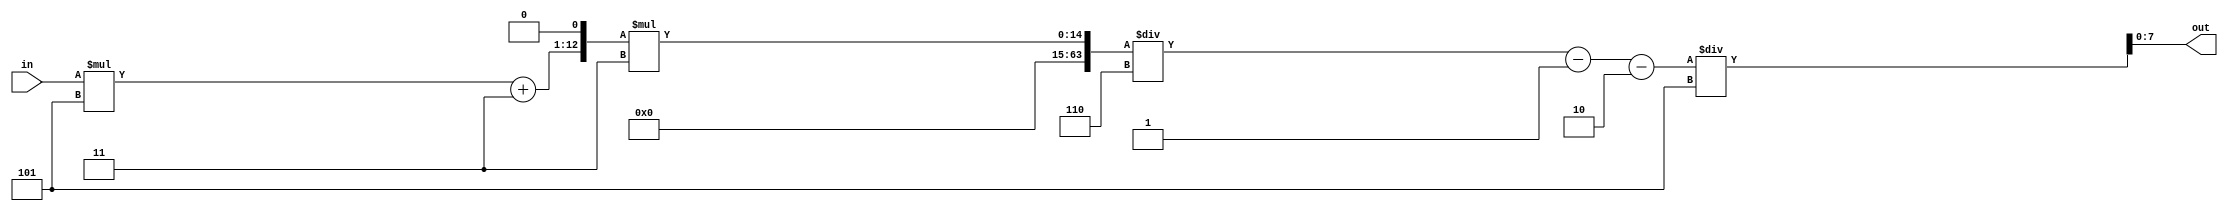
module comb_logic(
    input [7:0] in,
    output reg [7:0] out
    );

    reg [63:0] mid_computation;

    always @ * begin
        mid_computation = in * 64'h05;
        mid_computation = mid_computation + 64'h03;
		  mid_computation = mid_computation << 64'h1;
		  mid_computation = mid_computation * 64'h3;
		  mid_computation = mid_computation / 64'h6;
        mid_computation = mid_computation - 64'h01;
        mid_computation = mid_computation - 64'h02;
        mid_computation = mid_computation / 64'h05;
        out = mid_computation;
    end

endmodule